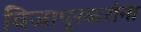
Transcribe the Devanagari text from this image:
विजापूरकरांना